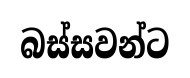
බස්සවන්ට